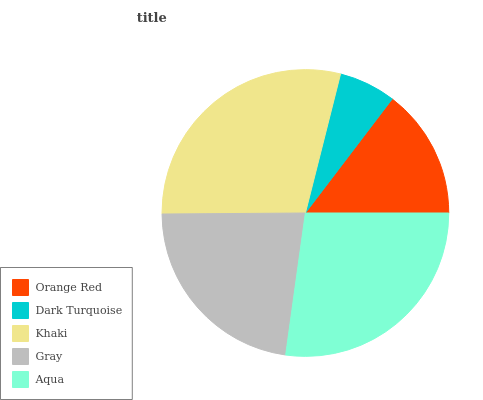
| Orange Red | Dark Turquoise | Khaki | Gray | Aqua |
 | --- | --- | --- | --- | --- |
 | 14.6% | 6.4% | 29.1% | 22.7% | 27.2% |